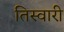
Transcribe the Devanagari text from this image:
तिस्वारी